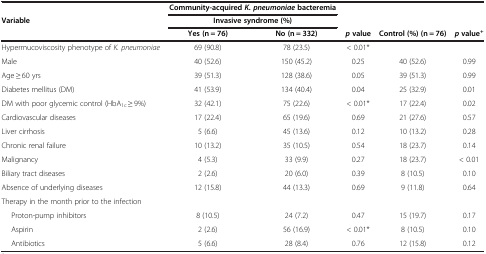
|  | <COLSPAN=2> Community-acquired K. pneumoniae bacteremia |  |  |  |
 | Variable | <COLSPAN=2> Invasive syndrome (%) |  |  |  |
 |  | Yes (n = 76) | No (n = 332) | pvalue | Control (%) (n = 76) | pvalue+ |
 | --- | --- | --- | --- | --- | --- |
 | Hypermucoviscosity phenotype of K. pneumoniae | 69 (90.8) | 78 (23.5) | < 0.01* |  |  |
 | Male | 40 (52.6) | 150 (45.2) | 0.25 | 40 (52.6) | 0.99 |
 | Age ≥ 60 yrs | 39 (51.3) | 128 (38.6) | 0.05 | 39 (51.3) | 0.99 |
 | Diabetes mellitus (DM) | 41 (53.9) | 134 (40.4) | 0.04 | 25 (32.9) | 0.01 |
 | DM with poor glycemic control (HbA1c ≥ 9%) | 32 (42.1) | 75 (22.6) | < 0.01* | 17 (22.4) | 0.02 |
 | Cardiovascular diseases | 17 (22.4) | 65 (19.6) | 0.69 | 21 (27.6) | 0.57 |
 | Liver cirrhosis | 5 (6.6) | 45 (13.6) | 0.12 | 10 (13.2) | 0.28 |
 | Chronic renal failure | 10 (13.2) | 35 (10.5) | 0.54 | 18 (23.7) | 0.14 |
 | Malignancy | 4 (5.3) | 33 (9.9) | 0.27 | 18 (23.7) | < 0.01 |
 | Biliary tract diseases | 2 (2.6) | 20 (6.0) | 0.39 | 8 (10.5) | 0.10 |
 | Absence of underlying diseases | 12 (15.8) | 44 (13.3) | 0.69 | 9 (11.8) | 0.64 |
 | Therapy in the month prior to the infection |  |  |  |  |  |
 | Proton-pump inhibitors | 8 (10.5) | 24 (7.2) | 0.47 | 15 (19.7) | 0.17 |
 | Aspirin | 2 (2.6) | 56 (16.9) | < 0.01* | 8 (10.5) | 0.10 |
 | Antibiotics | 5 (6.6) | 28 (8.4) | 0.76 | 12 (15.8) | 0.12 |